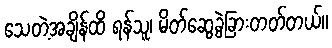
သေတဲ့အချိန်ထိ ရန်သူ၊ မိတ်ဆွေခွဲခြားတတ်တယ်။